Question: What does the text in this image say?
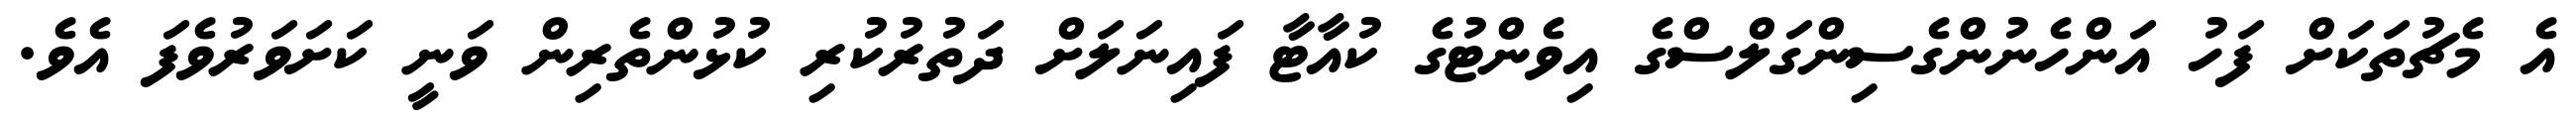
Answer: އެ މެޗުތަކަށް ފަހު އަންހެނުންގެސިންގަލްސްގެ އިވެންޓުގެ ކުއާޓާ ފައިނަލަށް ދަތުރުކުރި ކުޅުންތެރިން ވަނީ ކަށަވަރުވެފަ އެވެ.